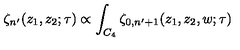
\zeta _ { n ^ { \prime } } ( z _ { 1 } , z _ { 2 } ; \tau ) \propto \int _ { C _ { 4 } } \zeta _ { 0 , n ^ { \prime } + 1 } ( z _ { 1 } , z _ { 2 } , w ; \tau )